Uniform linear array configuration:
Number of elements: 64
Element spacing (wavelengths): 1
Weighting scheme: hamming
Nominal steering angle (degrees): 30
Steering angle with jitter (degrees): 31.966
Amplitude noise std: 0.05
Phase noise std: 0.05

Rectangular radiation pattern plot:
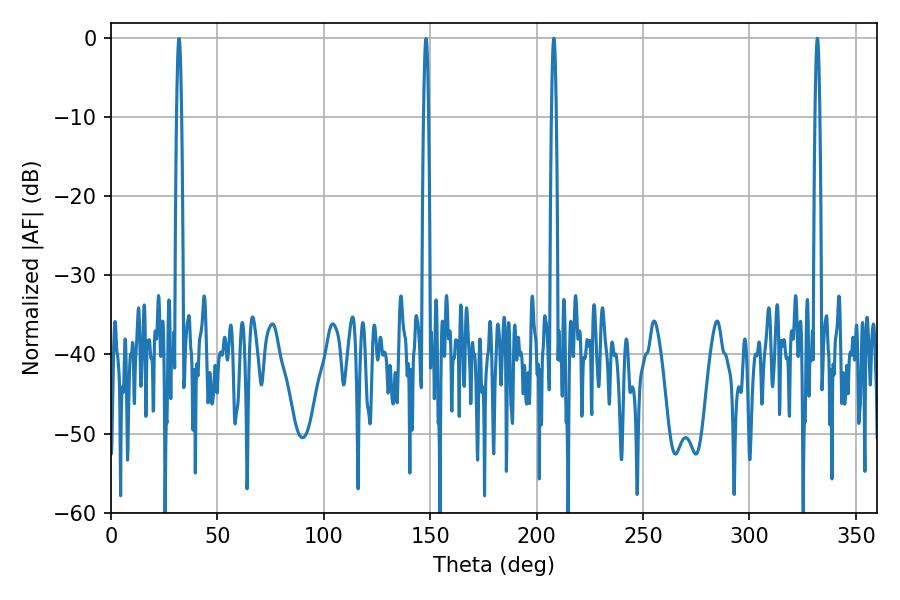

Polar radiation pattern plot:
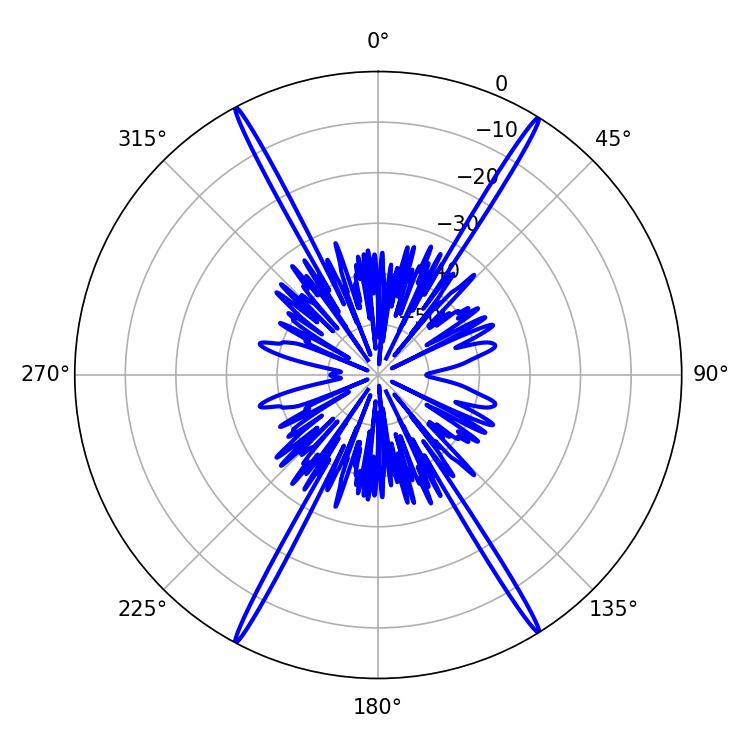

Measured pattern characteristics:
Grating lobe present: TRUE
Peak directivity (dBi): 27.066
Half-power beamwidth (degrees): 1.08
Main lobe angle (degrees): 208.08